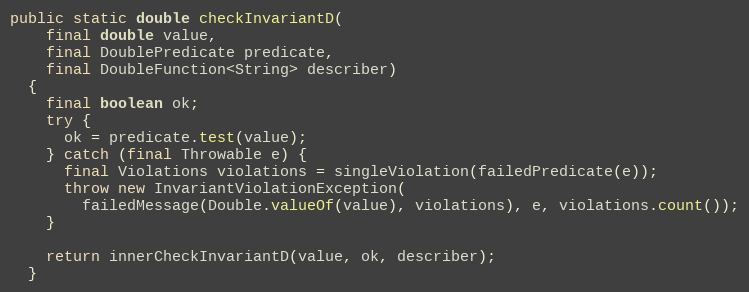
Language: Java
public static double checkInvariantD(
    final double value,
    final DoublePredicate predicate,
    final DoubleFunction<String> describer)
  {
    final boolean ok;
    try {
      ok = predicate.test(value);
    } catch (final Throwable e) {
      final Violations violations = singleViolation(failedPredicate(e));
      throw new InvariantViolationException(
        failedMessage(Double.valueOf(value), violations), e, violations.count());
    }

    return innerCheckInvariantD(value, ok, describer);
  }